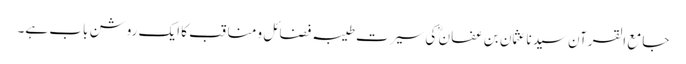
جامع القرآن سیدنا عثمان بن عفان ؓ کی سیرتِ طیبہ فضائل و مناقب کا ایک روشن باب ہے۔